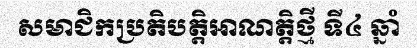
សមាជិកប្រតិបត្តិអាណត្តិថ្មី ទី៤ ឆ្នាំ